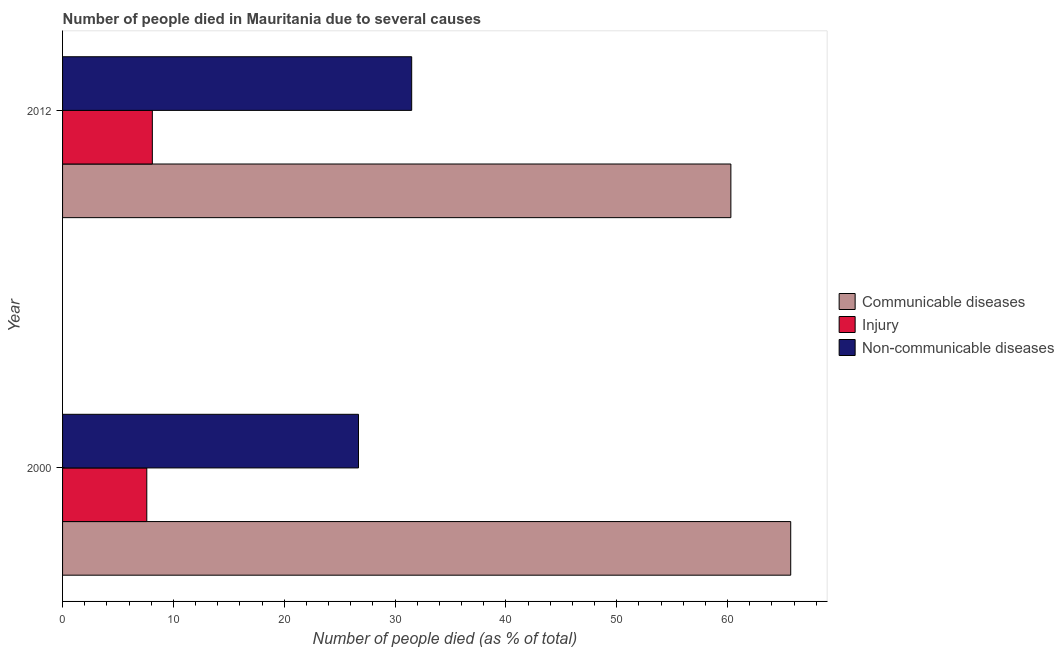
| Year | Communicable diseases | Injury | Non-communicable diseases |
 | --- | --- | --- | --- |
 | 2000 | 65.7 | 7.6 | 26.7 |
 | 2012 | 60.3 | 8.1 | 31.5 |